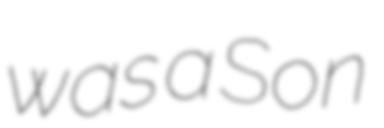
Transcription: was a Son